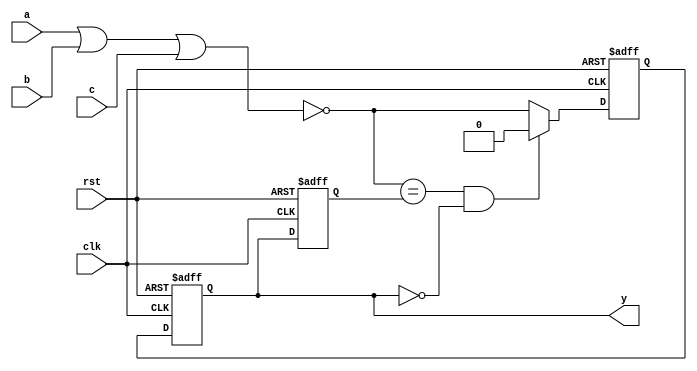
`timescale 1ns/1ps
`default_nettype none

module nor_3(y, a, b, c, rst, clk);
    parameter delay = 9;
    parameter iv = 1'b0;
    input wire a, b, c, rst, clk;

    output reg y = iv;
    reg next_val = iv;
    reg prev_val = iv;
    wire result;
    
    assign result = ~(a|b|c);

    always @(posedge clk or posedge rst)
    begin
        if (rst) begin
            prev_val = iv;
            y = iv;
        end else begin
            prev_val = y;
            y = next_val;
        end
    end

    always @(negedge clk or posedge rst)
    begin
        if (rst) begin
            next_val = iv;
        end else begin
            next_val = ((result == prev_val) && (y == iv)) ? iv : result;
        end
    end
endmodule
`default_nettype wire